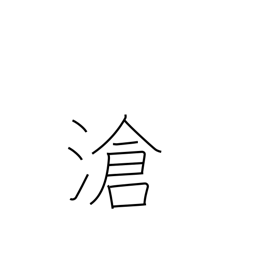
Meaning: ocean